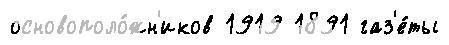
основополо́жн'иков 1919 1891 газ'е́ты